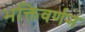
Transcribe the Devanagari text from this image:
भक्तिवर्णन